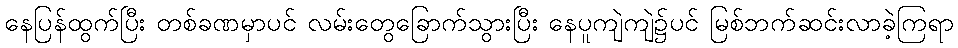
နေပြန်ထွက်ပြီး တစ်ခဏမှာပင် လမ်းတွေခြောက်သွားပြီး နေပူကျဲကျဲ၌ပင် မြစ်ဘက်ဆင်းလာခဲ့ကြရာ